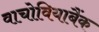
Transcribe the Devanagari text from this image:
वाचोवियाबैंक